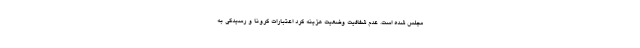
مجلس شده است. عدم شفافیت وضعیت هزینه کرد اعتبارات کرونا و رسیدگی به